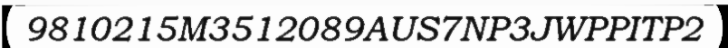
9810215M3512089AUS7NP3JWPPITP2